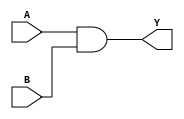
module and_comb(A, B, Y);
input A, B;
output Y;
assign Y=A&B;
endmodule